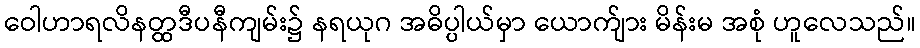
ဝေါဟာရလိနတ္ထဒီပနီကျမ်း၌ နရယုဂ အဓိပ္ပါယ်မှာ ယောက်ျား မိန်းမ အစုံ ဟူလေသည်။